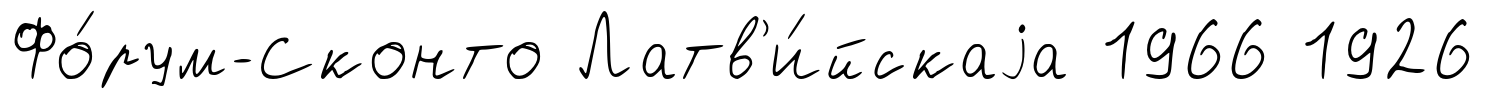
Фо́рум-Сконто Латв'и́йскаjа 1966 1926